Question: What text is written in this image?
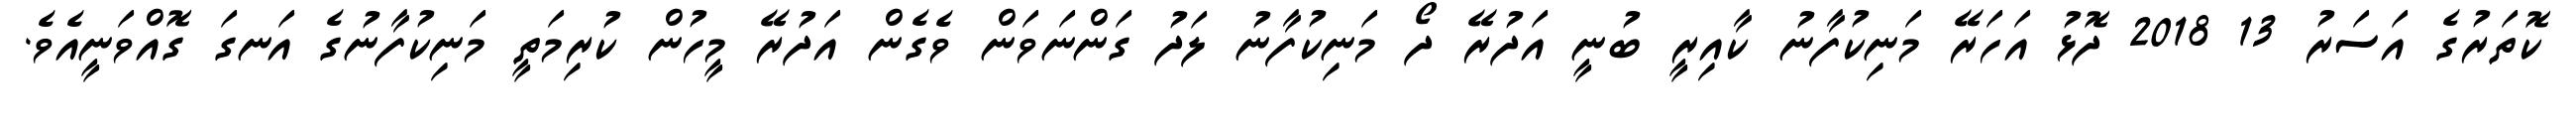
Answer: ކޮތަރުގެ އަސަރު 13 2018 ދޮޅު އަހަރޭ މަނިކުފާނު ކާއިރީ ބުނީ އަދުރޭ ދޯ މަނިކުފާނު ލަދު ގަންނަވަން ވެގެން އަދުރޭ މީހުން ކުރިމަތީ މަނިކުފާނުގެ އަނގަ ގޮއްވަނީއެވެ.